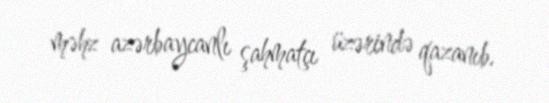
məhz azərbaycanlı şahmatçı üzərində qazanıb.